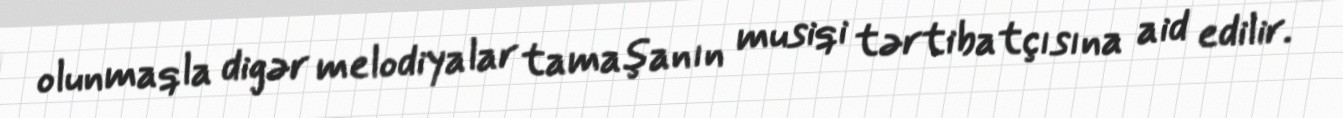
olunmaqla digər melodiyalar tamaşanın musiqi tərtibatçısına aid edilir.